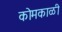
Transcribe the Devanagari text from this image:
कोमकाळी